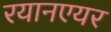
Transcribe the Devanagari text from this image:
रयानएयर